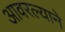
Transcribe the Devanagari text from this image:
आवरल्याने